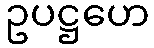
ဥပဋ္ဌဟေ